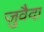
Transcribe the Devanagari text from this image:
जुवैदा